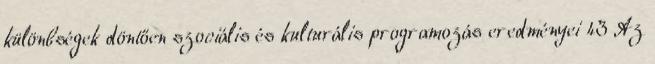
különbségek döntően szociális és kulturális programozás eredményei 43 Az